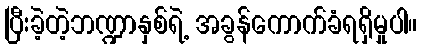
ပြီးခဲ့တဲ့ဘဏ္ဍာနှစ်ရဲ့ အခွန်ကောက်ခံရရှိမှုပါ။